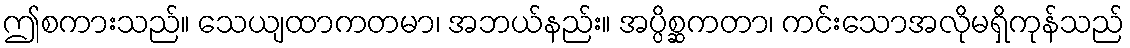
ဤစကားသည်။ သေယျထာကတမာ၊ အဘယ်နည်း။ အပ္ပိစ္ဆကတာ၊ ကင်းသောအလိုမရှိကုန်သည်